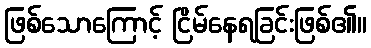
ဖြစ်သောကြောင့် ငြိမ်နေရခြင်းဖြစ်၏။